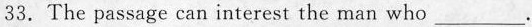
33.The passage can interest the man who___